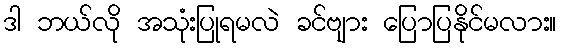
ဒါ ဘယ်လို အသုံးပြုရမလဲ ခင်ဗျား ပြောပြနိုင်မလား။